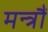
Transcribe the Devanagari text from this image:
मन्त्रौं